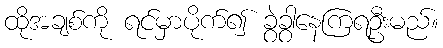
ထိုအချစ်ကို ရင်မှာပိုက်၍ ခွဲခွာနေကြရဦးမည်။